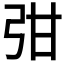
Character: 𭚩